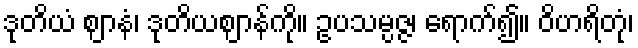
ဒုတိယံ ဈာနံ၊ ဒုတိယဈာန်ကို။ ဥပသမ္ပဇ္ဇ၊ ရောက်၍။ ဝိဟရိတုံ၊